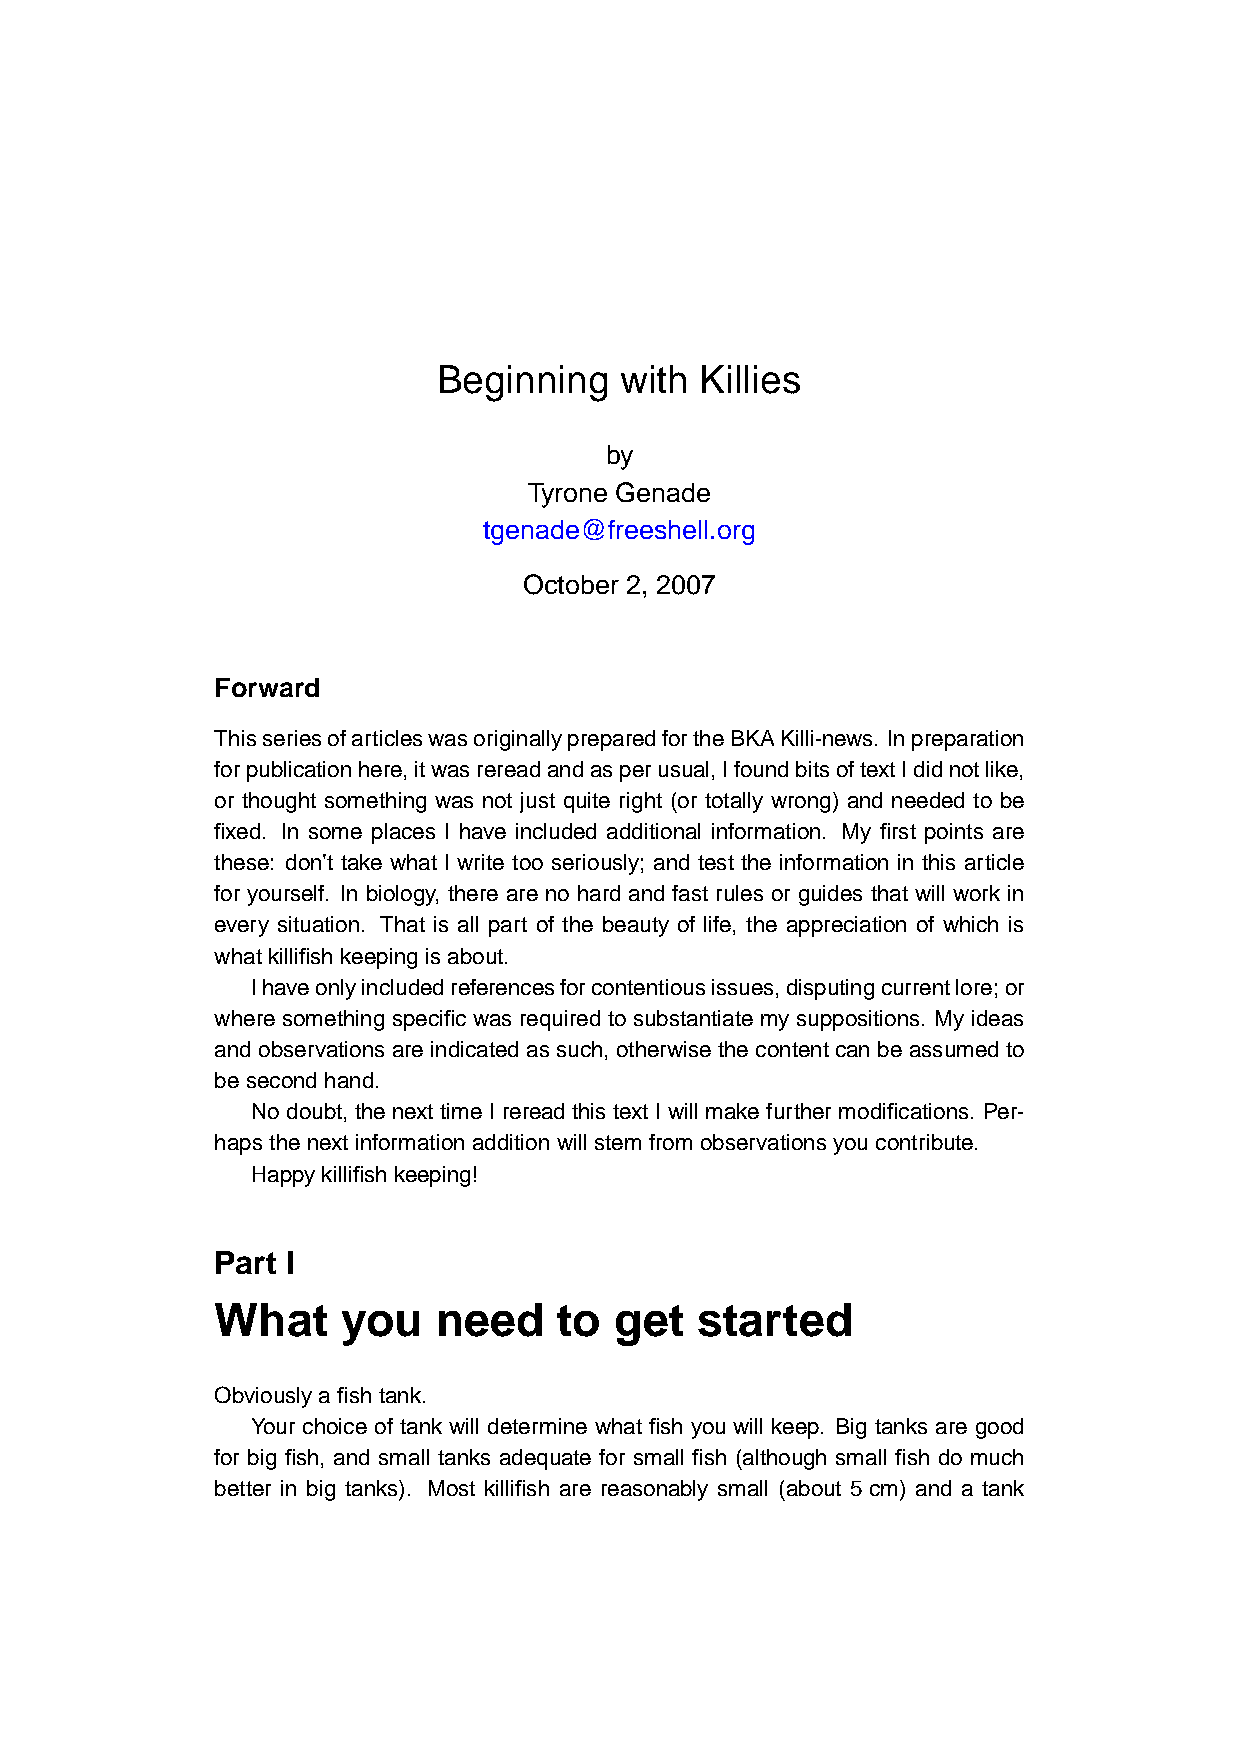
Beginning   with Killies
 by
 Tyrone Genade
 tgenade@freeshell.org
 October 2, 2007
 Forward
 ThisseriesofarticleswasoriginallypreparedfortheBKAKilli-news. Inpreparation
 forpublicationhere,itwasrereadandasperusual,IfoundbitsoftextIdidnotlike,
 or thought something was not just quite right (or totally wrong) and needed to be
 fixed. In some places I have included additional information. My first points are
 these: don’t take what I write too seriously; and test the information in this article
 for yourself. In biology, there are no hard and fast rules or guides that will work in
 every situation. That is all part of the beauty of life, the appreciation of which is
 whatkillifishkeepingisabout.
 Ihaveonlyincludedreferencesforcontentiousissues,disputingcurrentlore;or
 where something specific was required to substantiate my suppositions. My ideas
 andobservationsareindicatedassuch,otherwisethecontentcanbeassumedto
 besecondhand.
 No doubt, the next time I reread this text I will make further modifications. Per-
 hapsthenextinformationadditionwillstemfromobservationsyoucontribute.
 Happykillifishkeeping!
 Part I
 What     you   need    to  get  started
 Obviouslyafishtank.
 Your choice of tank will determine what fish you will keep. Big tanks are good
 for big fish, and small tanks adequate for small fish (although small fish do much
 better in big tanks). Most killifish are reasonably small (about 5cm) and a tank